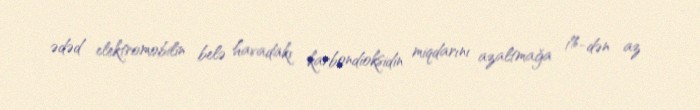
ədəd elektromobilin belə havadakı karbondioksidin miqdarını azaltmağa 1%-dən az